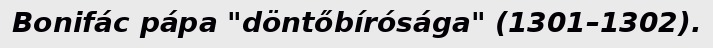
Bonifác pápa "döntőbírósága" (1301–1302).